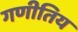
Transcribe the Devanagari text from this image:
गणीतिय